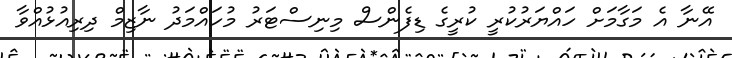
އޭނާ އެ މަގާމަށް ހައްޔަރުކުރީ ކުރީގެ ޑިފެންސް މިނިސްޓަރު މުހައްމަދު ނާޒިމް ދިރިއުޅުއްވާ